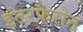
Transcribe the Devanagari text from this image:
इंटरफैरोन